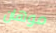
موهان